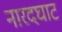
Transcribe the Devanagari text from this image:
नारदघाट